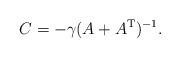
LaTeX: \begin{align*} C = -\gamma (A + A^{\rm T})^{-1}.\end{align*}